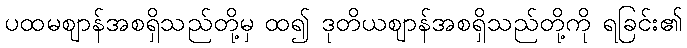
ပထမဈာန်အစရှိသည်တို့မှ ထ၍ ဒုတိယဈာန်အစရှိသည်တို့ကို ရခြင်း၏